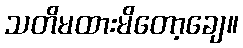
သတိမထားမိတော့ချေ။